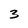
Character: 3